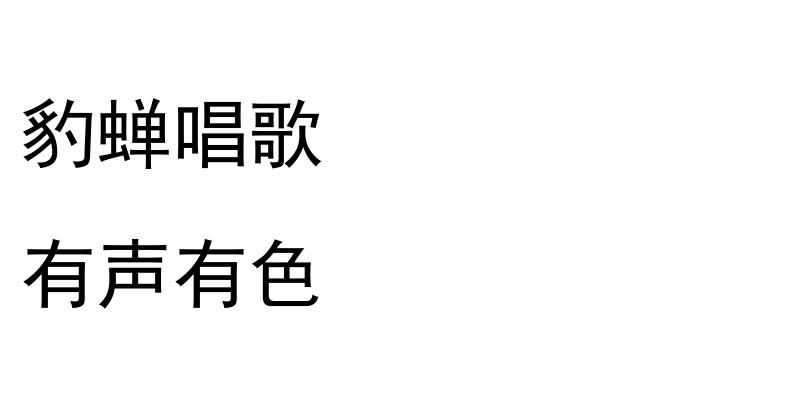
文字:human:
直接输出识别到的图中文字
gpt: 豹蝉唱歌 有声有色